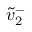
\tilde { v } _ { 2 } ^ { - }